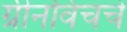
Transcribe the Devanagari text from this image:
ग्रीनविचचे